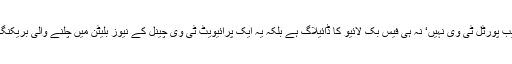
یہ کوئی ویب پورٹل ٹی وی نہیں‘ نہ ہی فیس بُک لائیو کا ڈائیلاگ ہے بلکہ یہ ایک پرائیویٹ ٹی وی چینل کے نیوز بلیٹن میں چلنے والی بریکنگ نیوز ہے۔